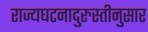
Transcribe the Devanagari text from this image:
राज्यघटनादुरुस्तीनुसार